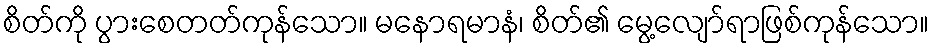
စိတ်ကို ပွားစေတတ်ကုန်သော။ မနောရမာနံ၊ စိတ်၏ မွေ့လျော်ရာဖြစ်ကုန်သော။